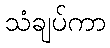
သံချပ်ကာ